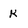
Character: K